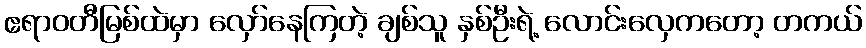
ဧရာဝတီမြစ်ထဲမှာ လှော်နေကြတဲ့ ချစ်သူ နှစ်ဦးရဲ့ လောင်းလှေကတော့ တကယ်